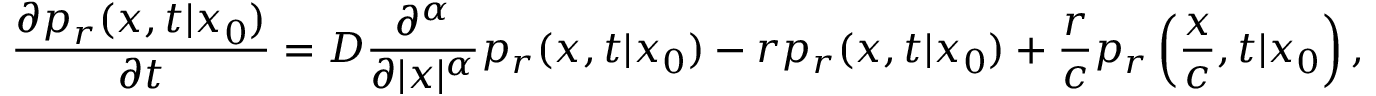
\frac { \partial p _ { r } ( x , t | x _ { 0 } ) } { \partial t } = D \frac { \partial ^ { \alpha } } { \partial | x | ^ { \alpha } } p _ { r } ( x , t | x _ { 0 } ) - r p _ { r } ( x , t | x _ { 0 } ) + \frac { r } { c } p _ { r } \left( \frac { x } { c } , t | x _ { 0 } \right) ,